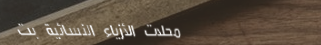
محلات الأزياء النسائية بت